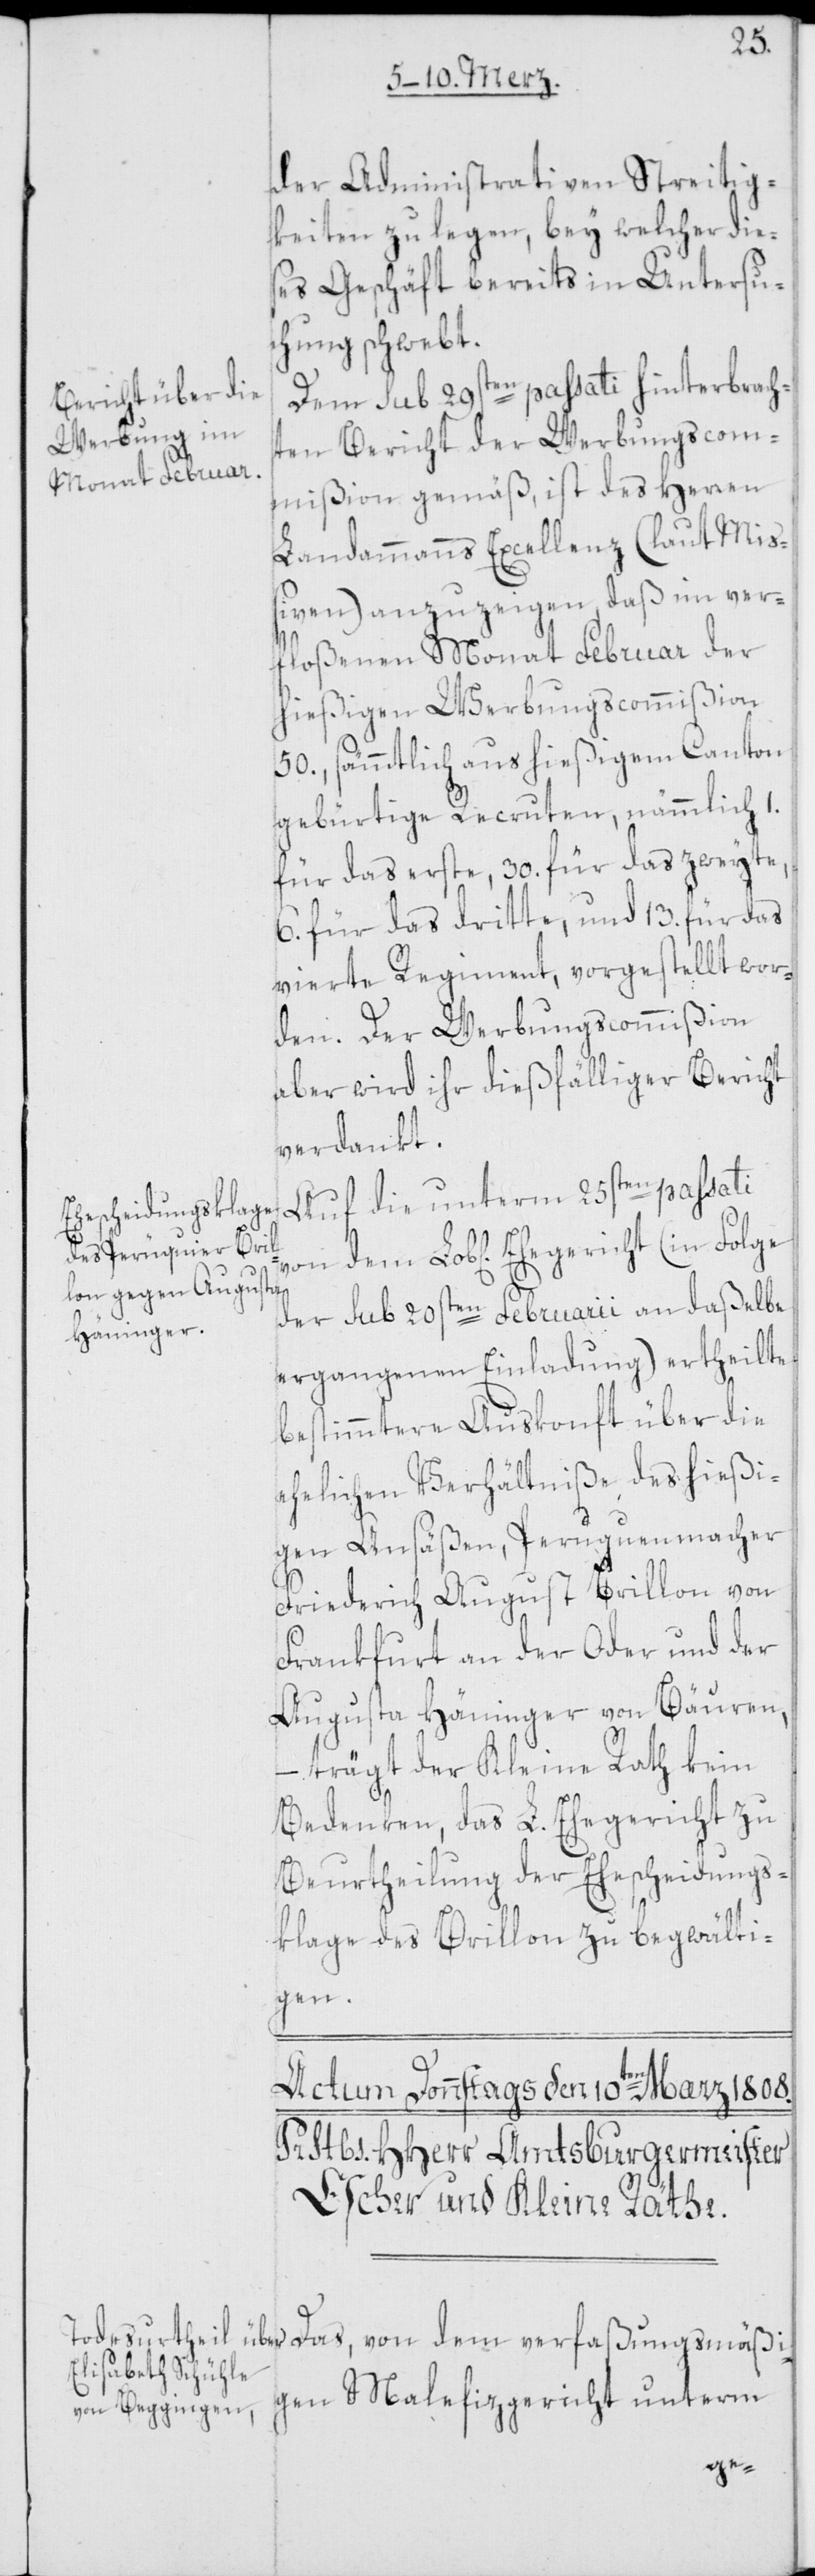
der Administrativen Streitig¬
keiten zu legen, bey welcher die¬
ses Geschäft bereits in Untersu¬
chung schwebt.
Dem sub 29sten passati hinterbrach¬
verfaßungsmäßi¬
ten Bericht der Werbungscom¬
mißion gemäß, ist des Herren
Landammanns Excellenz (laut Miß¬
iven) anzuzeigen, daß im ver¬
floßenen Monat Februar der
hießigen Werbungscommißion
50., sämmtlich aus hießigem Canton
gebürtige Recruten, nämmlich 1.
für das erste, 30. für das zweyte,
6. für das dritte, und 13. für das
vierte Regiment, vorgestellt wor¬
den. Der Werbungscommißion
aber wird ihr dießfälliger Bericht
verdankt.
Auf die unterm 25sten passati
der sub 20sten Februarii an daßelbe
ergangenen Einladung) ertheilte
bestimmtere Auskonft über die
ehelichen Verhältniße des hießi¬
gen Ansäßen, Peruquenmacher
Friedrich August Brillon von
Frankfurt an der Oder und der
Augusta Häninger von Bäuren,
– trägt der Kleine Rath kein
Bedenken, das L. Ehegericht zu
Beurtheilung der Ehescheidungs¬
klage des Brillon zu begwälti¬
gen.
gen Malefizgericht unterm